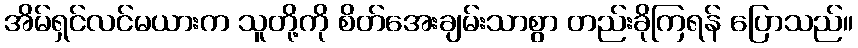
အိမ်ရှင်လင်မယားက သူတို့ကို စိတ်အေးချမ်းသာစွာ တည်းခိုကြရန် ပြောသည်။